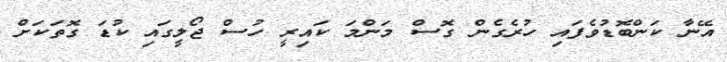
އޭނާ ކަންބޮޑުވެފައި ހުރެގެން ގޮސް މަންމަ ކައިރީ ހުސް ޖޯލީގައި ކުޑަ ގޮތަކަށް